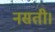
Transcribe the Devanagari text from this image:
नसती।